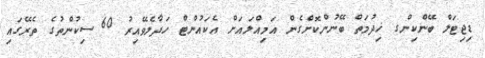
ޑިޖިޓަލް ބޭންކިންގ ޚިދުމަތް ބޭނުންކޮށްގެން އަމިއްލައަށް އެކައުންޓް ހަދާލެވޭއިރު 60 ސިކުންތުގެ ތެރޭގައި